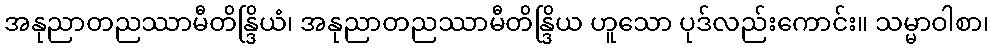
အနုညာတညဿာမီတိန္ဒြိယံ၊ အနုညာတညဿာမီတိန္ဒြိယ ဟူသော ပုဒ်လည်းကောင်း။ သမ္မာဝါစာ၊